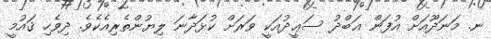
ނ. މަނަދޫއަށް އުފަން ޢަބްދު ސަޢީދުއަކީ ވަރަށް ކުޅަދާނަ ލިޔުންތެރިއެކެވެ. ދިވެހި ޤައުމީ